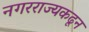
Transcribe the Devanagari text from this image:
नगरराज्यकढून